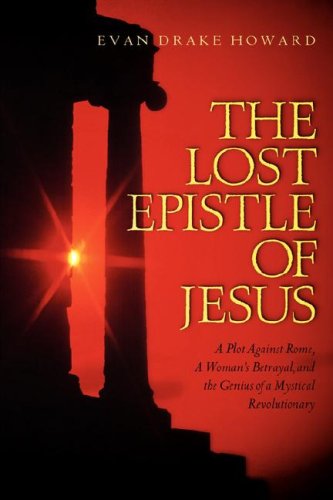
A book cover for THE LOST EPISTLE OF JESUS; Evan Drake Howard; Christian Books & Bibles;